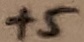
Text: +5